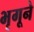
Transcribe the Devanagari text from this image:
भृगूने